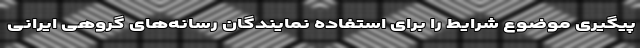
پیگیری موضوع شرایط را برای استفاده نمایندگان رسانه‌های گروهی ایرانی